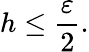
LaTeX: h\leq\frac{\varepsilon}{2}.